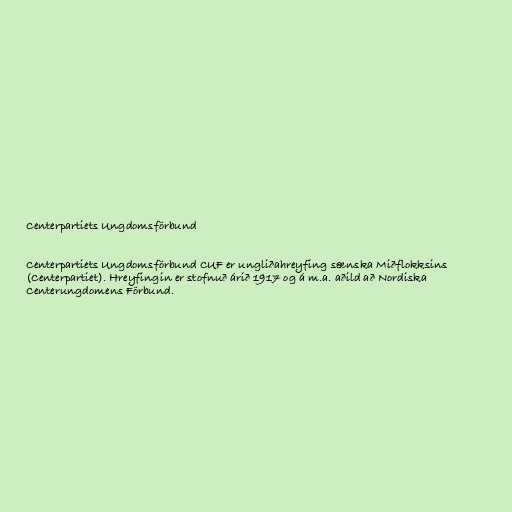
Centerpartiets Ungdomsförbund

Centerpartiets Ungdomsförbund CUF er ungliðahreyfing sænska Miðflokksins
(Centerpartiet). Hreyfingin er stofnuð árið 1917 og á m.a. aðild að Nordiska
Centerungdomens Förbund.